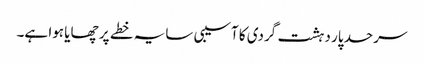
سرحد پار دہشت گردی کا آسیبی سایہ خطے پر چھایا ہوا ہے۔